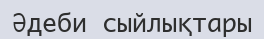
Әдеби сыйлықтары